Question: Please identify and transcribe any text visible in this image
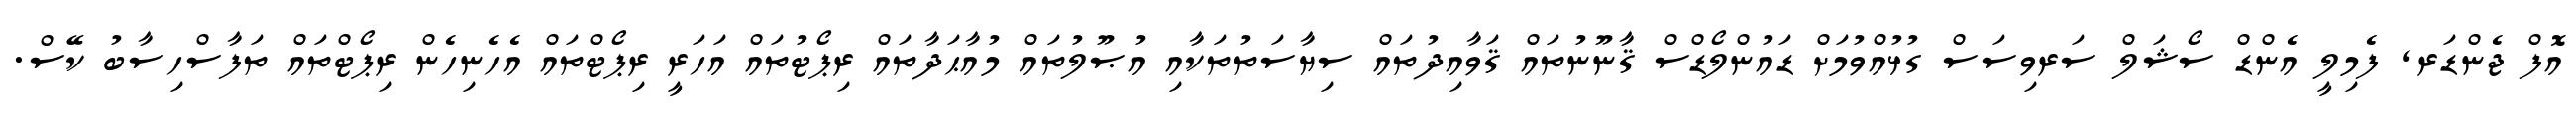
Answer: އޮފް ޖެންޑަރ, ފެމިލީ އެންޑް ސޯޝަލް ސަރވިސަސް ގުޅުއްވުމަށް ޑައުންލޯޑްސް ޤާނޫނުތައް ޤަވާއިދުތައް ސިޔާސަތުތަކާއި އުޞޫލުތައް މުއާޙަދާތައް ރިޕޯޓުތައް އަހަރީ ރިޕޯޓްތައް އެހެނިހެން ރިޕޯޓްތައް ތަފާސްހިސާބު ކޭސް.